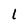
Character: 1